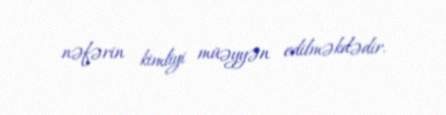
nəfərin kimliyi müəyyən edilməkdədir.